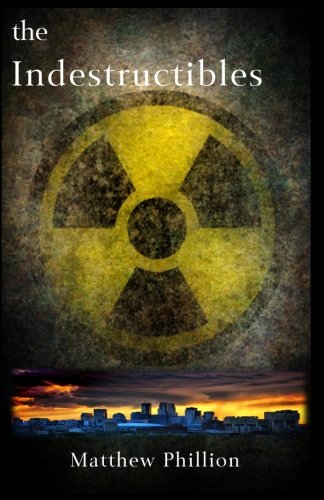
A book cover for The Indestructibles; Matthew Phillion; Science Fiction & Fantasy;